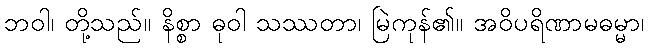
ဘဝါ၊ တို့သည်။ နိစ္စာ ဓုဝါ သဿတာ၊ မြဲကုန်၏။ အဝိပရိဏာမဓမ္မာ၊